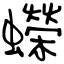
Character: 蠑